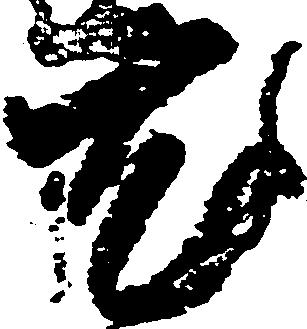
尤